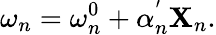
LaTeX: \omega_{n}=\omega_{n}^{0}+\alpha_{n}^{'}\mathbf{X}_{n}.